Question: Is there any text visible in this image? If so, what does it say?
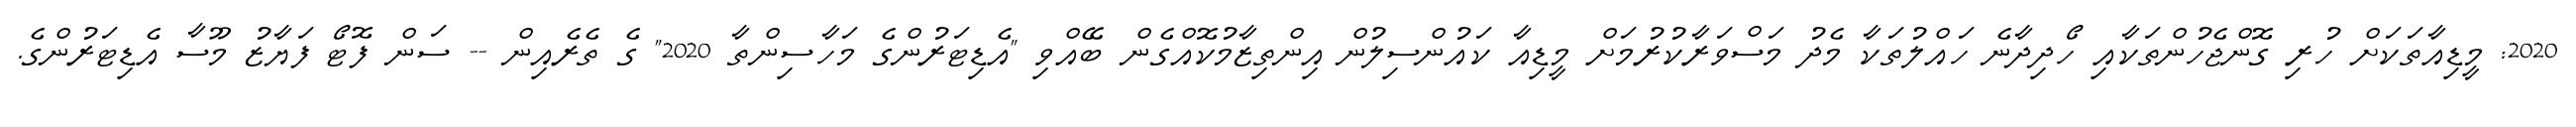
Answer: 2020: މީޑިއާތަކަށް ހުރި ގޮންޖެހުންތަކާއި ހޯދިދާނެ ހައްލުތަކާ މެދު މަސްވަރާކުރުމަށް މީޑިއާ ކައުންސިލުން އިންތިޒާމުކޮއްގެން ބޭއްވި "އެޑިޓަރުންގެ މަހާސިންތާ 2020" ގެ ތެރެއިން -- ސަން ފޮޓޯ ފަޔާޒު މޫސާ އެޑިޓަރުންގެ.